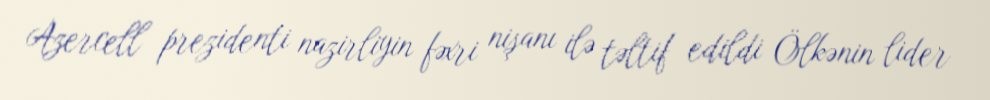
Azercell prezidenti nazirliyin fəxri nişanı ilə təltif edildi Ölkənin lider